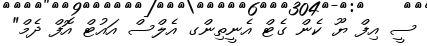
ސީ އިފް ޔޫ ކެން ގެޓް އެނީތިންގ އެލްސް އައުޓް އޮފް ދެމް"